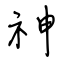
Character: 神